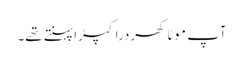
آپ موٹا کھردرا کپڑا پہنتے تھے۔